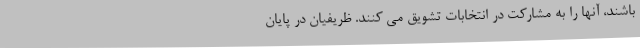
باشند، آنها را به مشارکت در انتخابات تشویق می کنند. ظریفیان در پایان